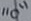
Text: "0"